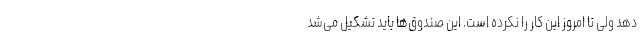
دهد ولی تا امروز این کار را نکرده است. این صندوق‌ها باید تشکیل می‌شد